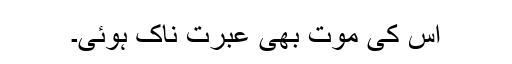
اس کی موت بھی عبرت ناک ہوئی۔